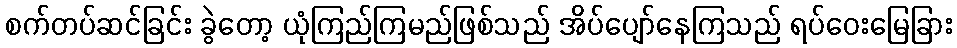
စက်တပ်ဆင်ခြင်း ခွဲတော့ ယုံကြည်ကြမည်ဖြစ်သည် အိပ်ပျော်နေကြသည် ရပ်ဝေးမြေခြား